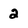
Character: 2